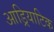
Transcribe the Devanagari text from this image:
आड्रियाटिक